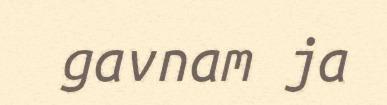
gavnam ja